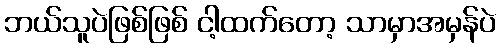
ဘယ်သူပဲဖြစ်ဖြစ် ငါ့ထက်တော့ သာမှာအမှန်ပဲ